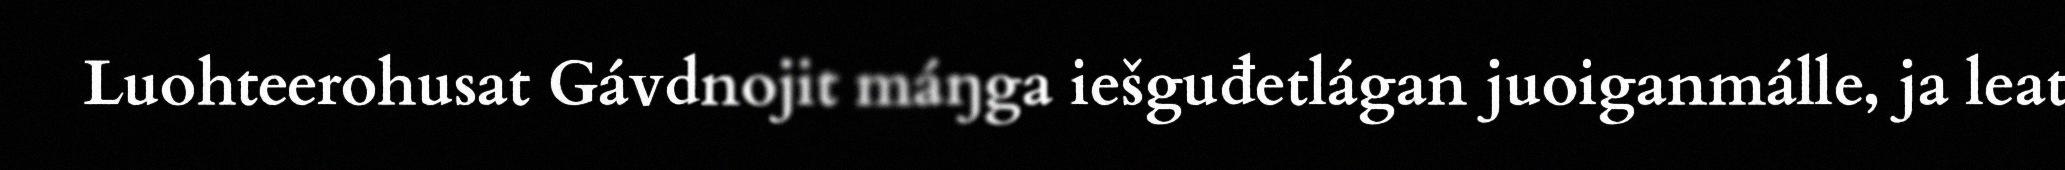
Luohteerohusat Gávdnojit máŋga iešguđetlágan juoiganmálle, ja leat